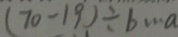
( 7 0 - 1 9 ) \div b \cdots a